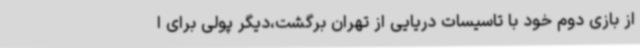
از بازی دوم خود با تاسیسات دریایی از تهران برگشت،دیگر پولی برای ا